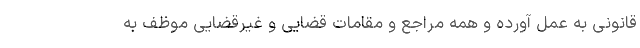
قانونی به عمل آورده و همه مراجع و مقامات قضایی و غیرقضایی موظف به